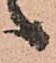
候